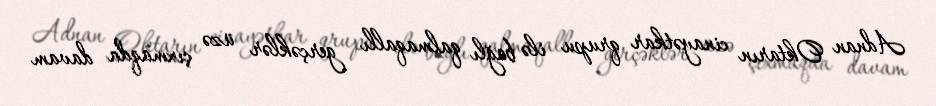
Adnan Oktarın cinayətkar qrupu ilə bağlı qalmaqallı gerçəklər üzə çıxmaqda davam